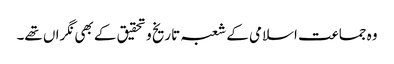
وہ جماعت اسلامی کے شعبہ تاریخ و تحقیق کے بھی نگراں تھے۔